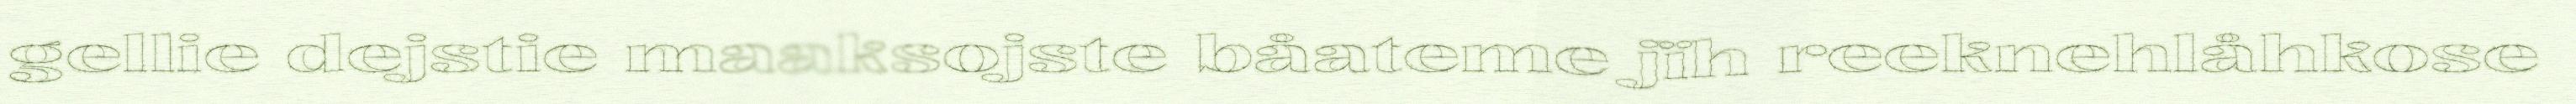
gellie dejstie maaksojste båateme jïh reeknehlåhkose